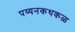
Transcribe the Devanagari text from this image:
पय्यनकथकळ